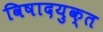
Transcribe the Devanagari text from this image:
विषादयुक्त